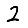
Digit: 2